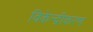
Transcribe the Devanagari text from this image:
विकेन्‍द्रीकरण